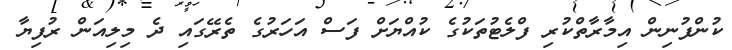
ކުންފުނިން އިމާރާތްކުރި ފްލެޓުތަކުގެ ކުއްޔަށް ފަސް އަހަރުގެ ތެރޭގައި ދެ މިލިއަން ރުފިޔާ